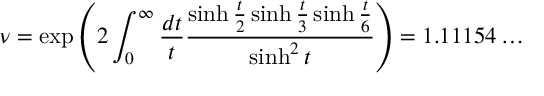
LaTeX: \nu = \exp \left( 2 \int _ { 0 } ^ { \infty } \frac { d t } { t } \frac { \sinh \frac { t } { 2 } \sinh \frac { t } { 3 } \sinh \frac { t } { 6 } } { \sinh ^ { 2 } t } \right) = 1 . 1 1 1 5 4 \ldots